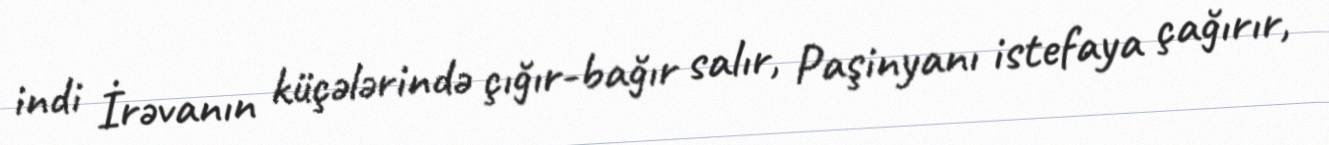
indi İrəvanın küçələrində çığır-bağır salır, Paşinyanı istefaya çağırır,